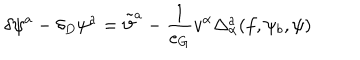
\delta \psi ^ { a } - \delta _ { D } \psi ^ { a } = \tilde { \vartheta } ^ { a } - \frac { 1 } { e _ { G } } v ^ { \alpha } \Delta _ { \alpha } ^ { a } ( f , \psi _ { b } , \psi )